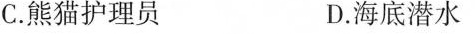
C.熊猫护理员 D.海底潜水